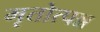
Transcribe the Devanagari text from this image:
मृतोत्पन्न